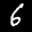
Label: 6